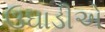
ઉઘાડીએ